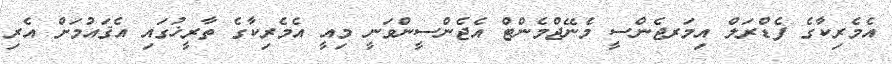
އެމެރިކާގެ ފެޑްރަލް އިމަރޖެންސީ މެނޭޖްމެންޓް އެޖެންސީންވަނީ މިއީ އެމެރިކާގެ ތާރީޚުގައި އެޤައުމަށް އެރި